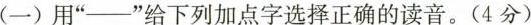
(一)用” —”给下列加点字选择正确的读音。(4分)